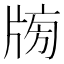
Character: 𤗒